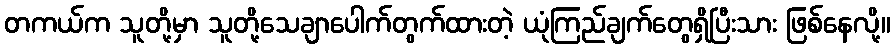
တကယ်က သူတို့မှာ သူတို့သေချာပေါက်တွက်ထားတဲ့ ယုံကြည်ချက်တွေရှိပြီးသား ဖြစ်နေလို့။